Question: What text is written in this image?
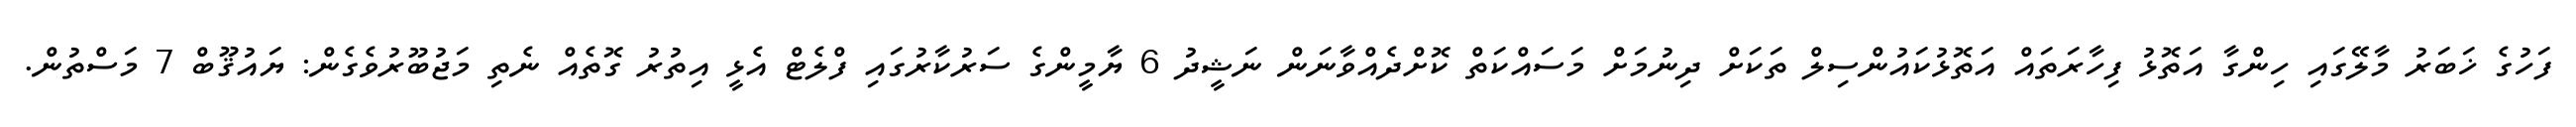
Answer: ފަހުގެ ޚަބަރު މާލޭގައި ހިންގާ އަތޮޅު ފިހާރަތައް އަތޮޅުކައުންސިލް ތަކަށް ދިނުމަށް މަސައްކަތް ކޮށްދެއްވާނަން ނަޝީދު 6 ޔާމީންގެ ސަރުކާރުގައި ފްލެޓް އެޅީ އިތުރު ގޮތެއް ނެތި މަޖުބޫރުވެގެން: ޔައުޤޫބް 7 މަސްތުން.